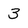
Character: 3